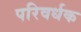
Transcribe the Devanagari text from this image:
परिवर्धक